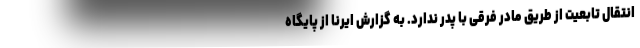
انتقال تابعیت از طریق مادر فرقی با پدر ندارد. به گزارش ایرنا از پایگاه